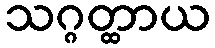
သဂ္ဂတ္ထာယ